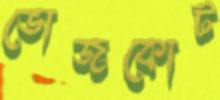
ভোজকোট